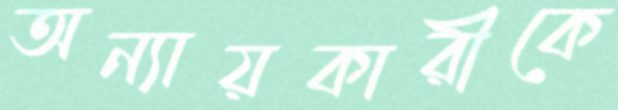
অন্যায়কারীকে